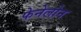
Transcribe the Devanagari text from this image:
फेनेलोन